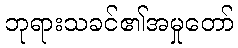
ဘုရားသခင်၏အမှုတော်